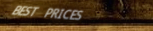
BEST PRICES